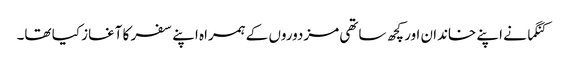
کنگما نے اپنے خاندان اور کچھ ساتھی مزدوروں کے ہمراہ اپنے سفر کا آغاز کیا تھا۔